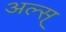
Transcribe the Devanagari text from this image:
अल्स्